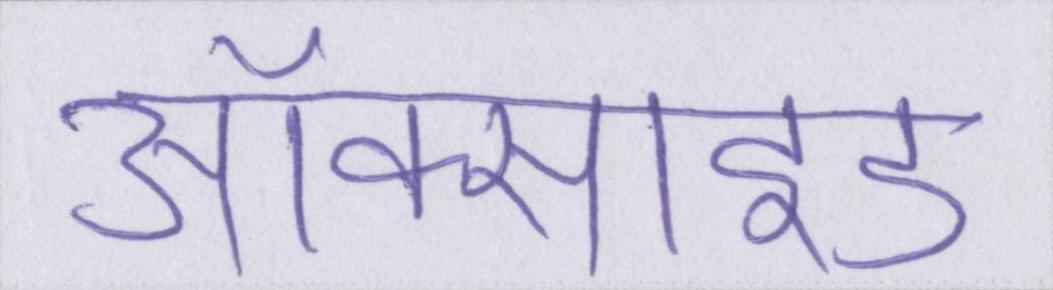
ऑक्साइड